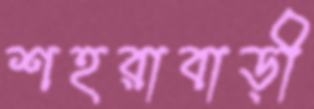
শহরাবাড়ী